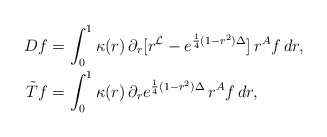
\begin{align*}Df&=\int_{0}^{1}\kappa(r)\,\partial_r [r^{\mathcal{L}}-e^{\frac{1}{4}(1-r^2)\Delta}]\,r^{A}f\,dr,\\\tilde{T}f&=\int_{0}^{1}\kappa(r)\,\partial_r e^{\frac{1}{4}(1-r^2)\Delta}\, r^{A}f\,dr,\end{align*}